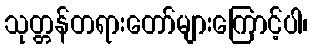
သုတ္တန်တရားတော်များကြောင့်ပါ၊